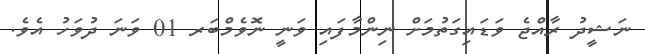
ނަޝީދު ރާއްޖެ ވަޑައިގަތުމަށް ނިންމާފައި ވަނީ ނޮވެމްބަރ 01 ވަނަ ދުވަހު އެވެ.